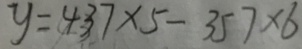
y = 4 3 7 \times 5 - 3 5 7 \times 6